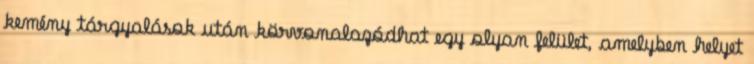
kemény tárgyalások után körvonalazódhat egy olyan felület, amelyben helyet